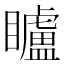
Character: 矑